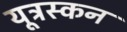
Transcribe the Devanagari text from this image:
यूट्रस्कन